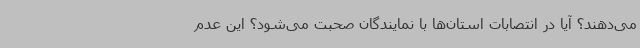
می‌دهند؟ آیا در انتصابات استان‌ها با نمایندگان صحبت می‌شود؟ این عدم